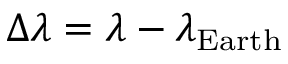
\Delta \lambda = \lambda - \lambda _ { \mathrm { E a r t h } }